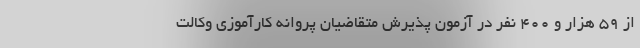
از ۵۹ هزار و ۴۰۰ نفر در آزمون پذیرش متقاضیان پروانه کارآموزی وکالت